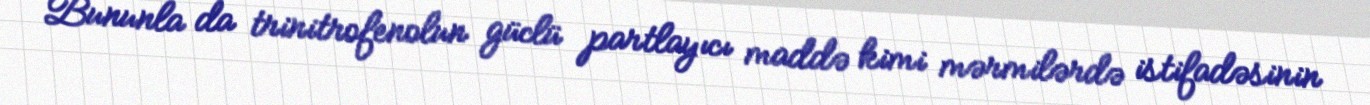
Bununla da trinitrofenolun güclü partlayıcı maddə kimi mərmilərdə istifadəsinin